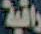
راقية